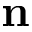
\mathbf { n }